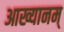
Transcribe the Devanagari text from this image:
आख्यानम्